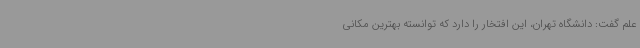
علم گفت: دانشگاه تهران، این افتخار را دارد که توانسته بهترین مکانی